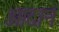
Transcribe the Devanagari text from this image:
आदानं